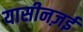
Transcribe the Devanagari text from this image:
यासीनज़ई